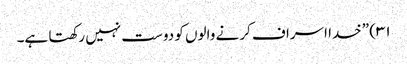
۳۱) ”خدا اسراف کرنے والوں کو دوست نہیں رکھتا ہے۔